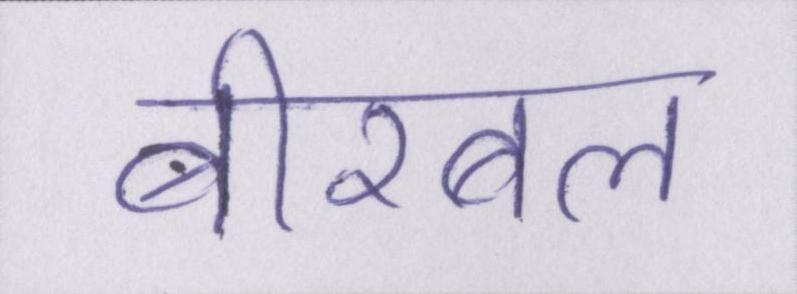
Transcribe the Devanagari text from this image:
बीरबल